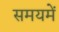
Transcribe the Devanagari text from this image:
समयमें